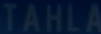
TAHLA